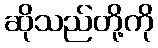
ဆိုသည်တို့ကို